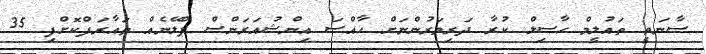
ސާނަވީ ތައުލީމް ހާސިލް ކުރާ ދަރިވަރުންނަށް ހާއްސަ އިންޝުއަރަންސް ޕްލޭނެއް ތައާރަފްކޮށްފި 35